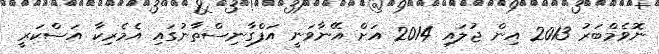
ނޮވެމްބަރު 2013 އިން ޖުލައި 2014 އަށް އޭނާވަނީ އަފްގާނިސްތާނުގައި އެމެރިކާ އަސްކަރީ